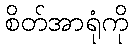
စိတ်အာရုံကို